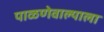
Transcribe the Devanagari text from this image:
पाळणेवाल्याला